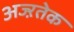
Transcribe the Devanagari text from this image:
अज्ऱतेक